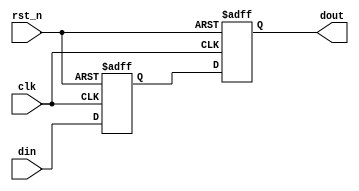
//-----------------------------------------------------------------------------
// The confidential and proprietary information contained in this file may
// only be used by a person authorised under and to the extent permitted
// by a subsisting licensing agreement from ARM Limited or its affiliates.
//
//        (C) COPYRIGHT 2013 ARM Limited or its affiliates.
//            ALL RIGHTS RESERVED
//
// This entire notice must be reproduced on all copies of this file
// and copies of this file may only be made by a person if such person is
// permitted to do so under the terms of a subsisting license agreement
// from ARM Limited or its affiliates.
//
// -----------------------------------------------------------------------------
//
//      SVN Information
//
//      Checked In          : $Date: 2013-04-05 11:54:17 +0100 (Fri, 05 Apr 2013) $
//
//      Revision            : $Revision: 242973 $
//
//      Release Information : CM3DesignStart-r0p0-00rel0
//
//-----------------------------------------------------------------------------
//-----------------------------------------------------------------------------
// Abstract : I2S interface double flip-flop synchronization
//-----------------------------------------------------------------------------

module i2s_sync_cell (
  input   wire     clk,
  input   wire     rst_n,
  input   wire     din,
  output  wire     dout
  );

  reg   sync1;
  reg   sync2;

  // synchroniser
  always @ (posedge clk or negedge rst_n)
    if (!rst_n)
      begin
       sync1  <= 1'b0;
       sync2  <= 1'b0;
      end
    else
      begin
        sync1 <= din;
        sync2 <= sync1;
      end

  assign dout = sync2;

endmodule